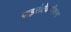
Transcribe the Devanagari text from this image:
पाइरोटेक्नीकल